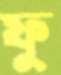
ফু